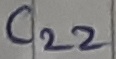
Text: C22